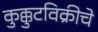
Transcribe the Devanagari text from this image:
कुक्कुटविक्रीचे